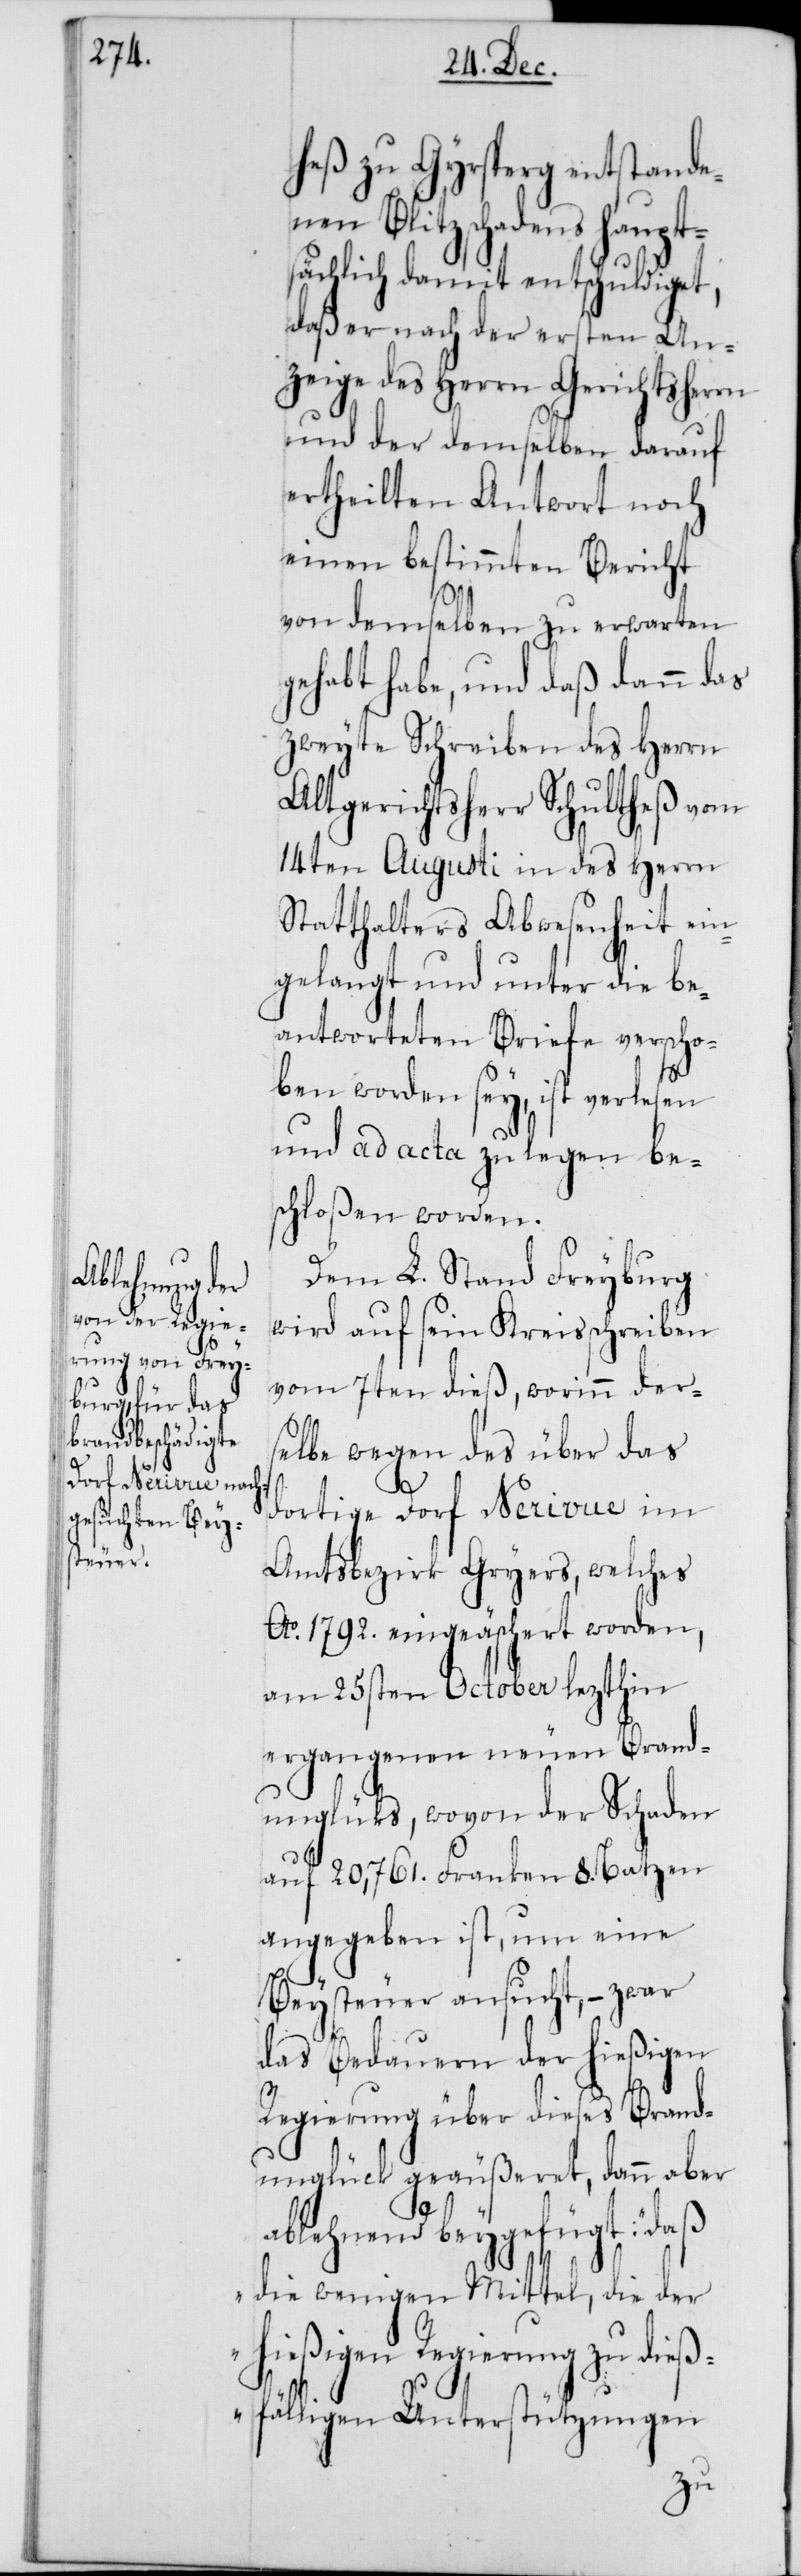
heß zu Gyrsperg entstande¬
nen Blitzschadens haupt¬
sächlich damit entschuldiget,
daß er nach der ersten An¬
zeige des Herrn Gerichtsherrn
und der demselben darauf
ertheilten Antwort noch
einen bestimmten Bericht
von demselben zu erwarten
gehabt habe, und daß dann das
zweyte Schreiben des Herrn
Altgerichtsherr Schultheß vom
14ten Augusti in des Herrn
Statthalters Abwesenheit ein¬
gelangt und unter die be¬
antworteten Briefe verscho¬
ben worden sey, ist verlesen
und ad acta zu legen be¬
schloßen worden.
Dem L. Stand Freyburg
wird auf sein Kreisschreiben
vom 7ten dieß, worinn ders¬
elbe wegen des über das
dortige Dorf Nerivue im
Amtsbezirk Gryers, welches
Ao 1792. eingeäschert worden,
am 25sten October lezthin
ergangenen neuen Brand¬
unglücks, wovon der Schaden
auf 20,761. Franken 8. Batzen
angegeben ist, um eine
das Bedauern der hießigen
Regierung über dieses Brand¬
unglück geäußeret, dann aber
ablehnend beygefügt: „daß
die wenigen Mittel, die der
hießigen Regierung zu dieß¬
fälligen Unterstützungen